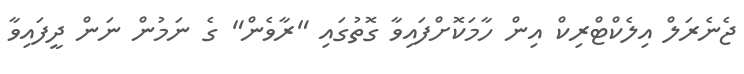
ޖެނެރަލް އިލެކްޓްރިކް އިން ހާމަކޮށްފައިވާ ގޮތުގައި "ރާވެން" ގެ ނަމުން ނަން ދީފައިވާ